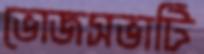
ভোজসভাটি